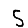
Digit: 5